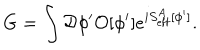
LaTeX: G = \int { \cal D } \phi ^ { \prime } { \cal O } [ \phi ^ { \prime } ] e ^ { i S _ { \mathrm { e f f } } ^ { A } [ \phi ^ { \prime } ] } .